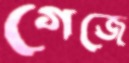
গেজে